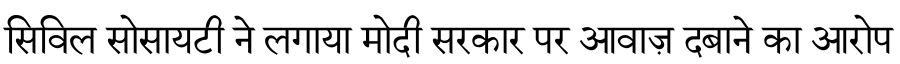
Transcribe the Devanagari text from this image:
सिविल सोसायटी ने लगाया मोदी सरकार पर आवाज़ दबाने का आरोप